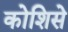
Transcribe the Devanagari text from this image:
कोशिसे